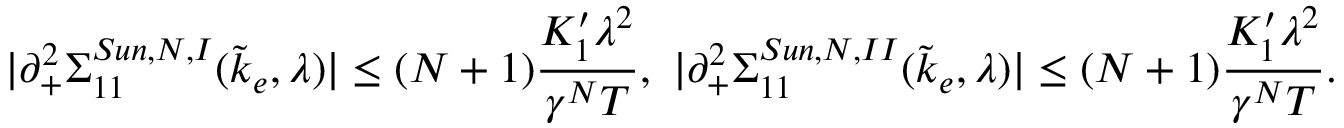
\vert \partial _ { + } ^ { 2 } \Sigma _ { 1 1 } ^ { S u n , N , I } ( \tilde { k } _ { e } , \lambda ) \vert \le ( N + 1 ) \frac { K _ { 1 } ^ { \prime } \lambda ^ { 2 } } { \gamma ^ { N } T } , \ \vert \partial _ { + } ^ { 2 } \Sigma _ { 1 1 } ^ { S u n , N , I I } ( \tilde { k } _ { e } , \lambda ) \vert \le ( N + 1 ) \frac { K _ { 1 } ^ { \prime } \lambda ^ { 2 } } { \gamma ^ { N } T } .